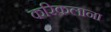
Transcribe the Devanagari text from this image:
करिकलाना